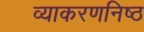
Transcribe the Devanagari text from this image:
व्याकरणनिष्ठ